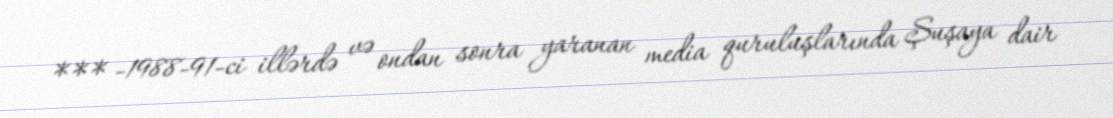
*** -1988-91-ci illərdə və ondan sonra yaranan media quruluşlarında Şuşaya dair